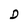
Character: D